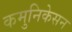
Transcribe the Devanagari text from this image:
कमुनिकेसन